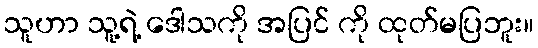
သူဟာ သူ့ရဲ့ ဒေါသကို အပြင် ကို ထုတ်မပြဘူး။